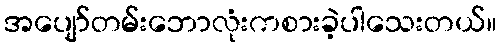
အပျော်တမ်းဘောလုံးကစားခဲ့ပါသေးတယ်။